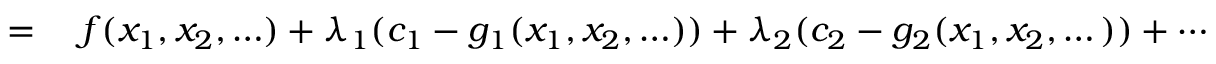
\begin{array} { r l } { = { } } & { { } f ( x _ { 1 } , x _ { 2 } , \ldots ) + \lambda _ { 1 } ( c _ { 1 } - g _ { 1 } ( x _ { 1 } , x _ { 2 } , \ldots ) ) + \lambda _ { 2 } ( c _ { 2 } - g _ { 2 } ( x _ { 1 } , x _ { 2 } , \dots ) ) + \cdots } \end{array}